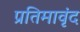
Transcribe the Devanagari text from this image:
प्रतिमावृंद